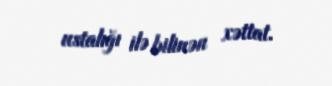
ustalığı ilə bilinən xəttat.